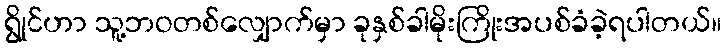
ရွိုင်ဟာ သူ့ဘဝတစ်လျှောက်မှာ ခုနှစ်ခါမိုးကြိုးအပစ်ခံခဲ့ရပါတယ်။